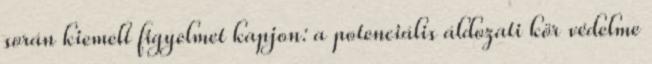
során kiemelt figyelmet kapjon: a potenciális áldozati kör védelme